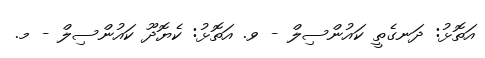
އަތޮޅު: ދަނގެތީ ކައުންސިލް - ވ. އަތޮޅު: ކެޔޮދޫ ކައުންސިލް - މ.